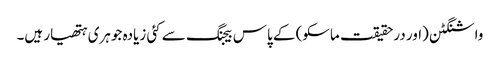
واشنگٹن (اور درحقیقت ماسکو) کے پاس بیجنگ سے کئی زیادہ جوہری ہتھیار ہیں۔